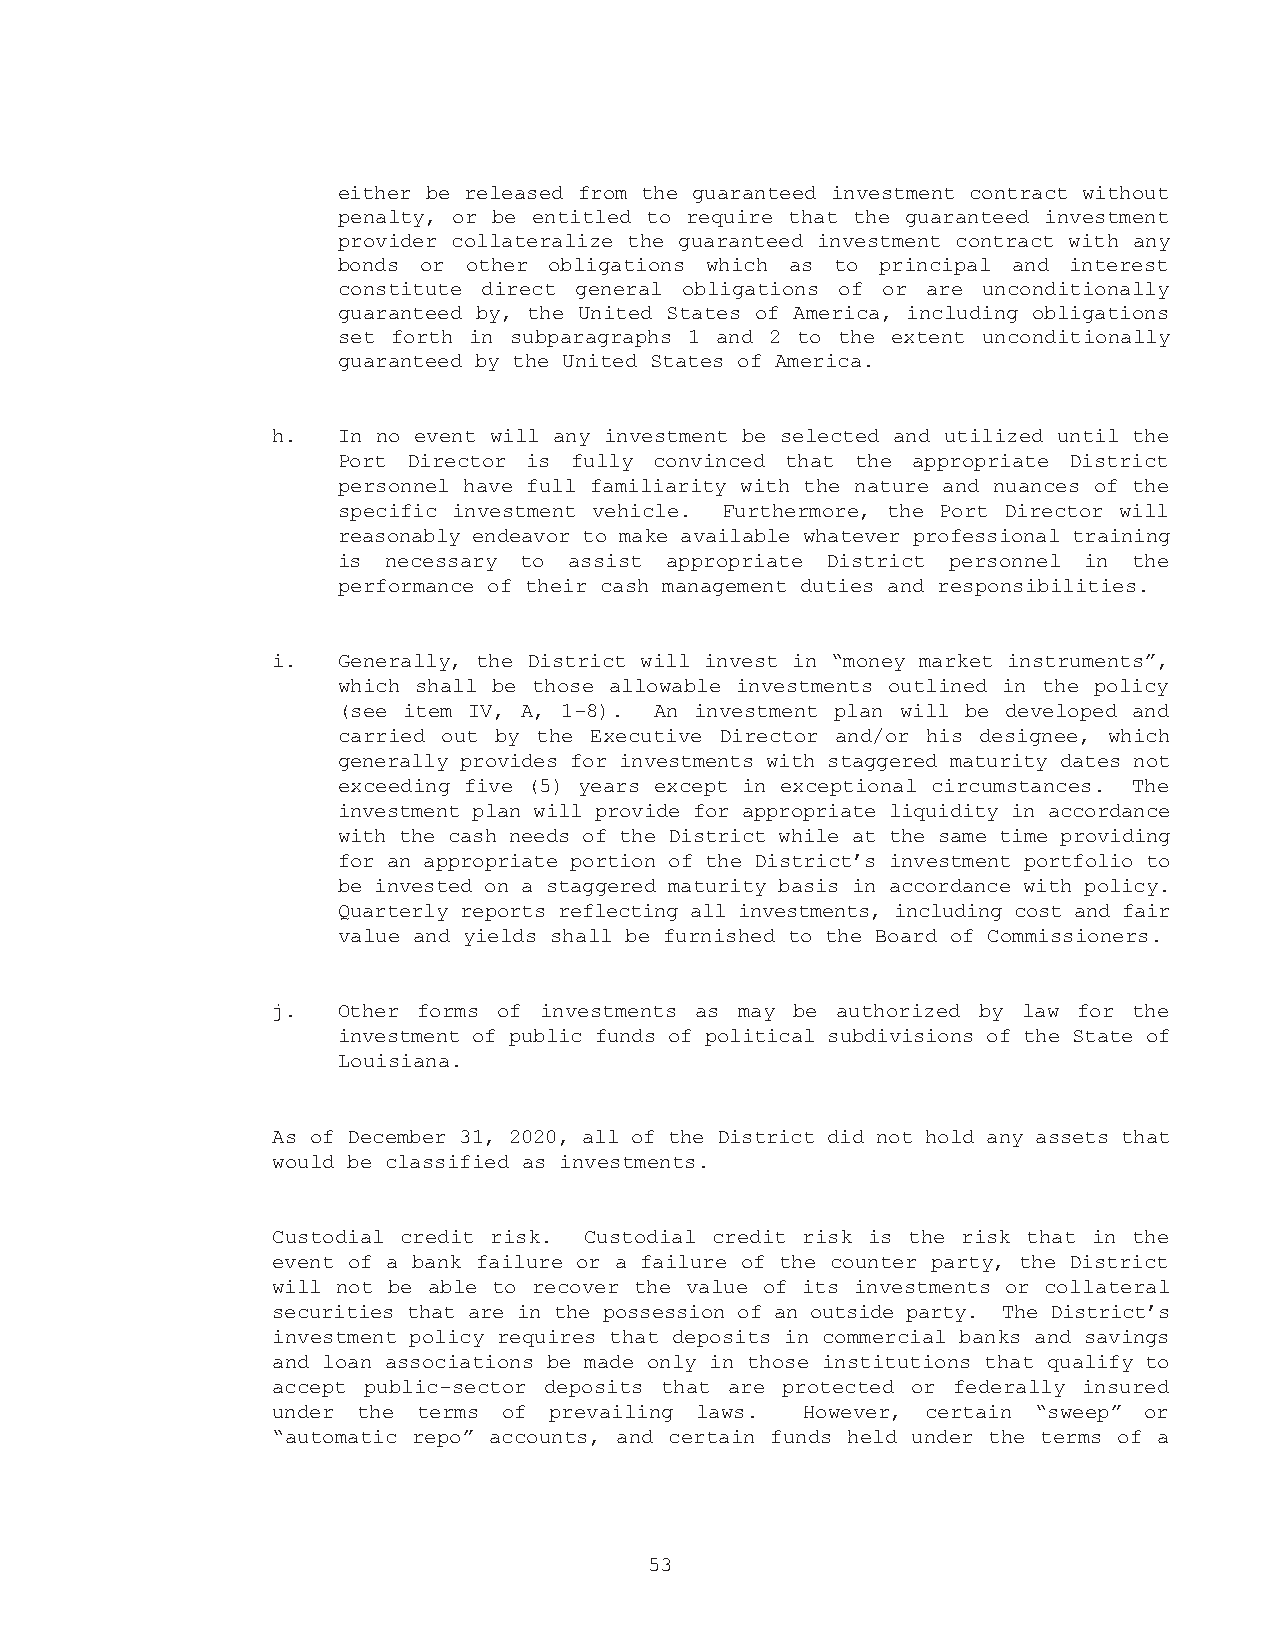
either be released from the guaranteed investment contract without
 penalty, or be entitled to require that the guaranteed investment
 provider collateralize the guaranteed investment contract with any
 bonds or other obligations which as to principal and interest
 constitute direct general obligations of or are unconditionally
 guaranteed by, the United States of America, including obligations
 set forth in subparagraphs 1 and 2 to the extent unconditionally
 guaranteed by the United States of America.
 h.  In no event will any investment be selected and utilized until the
 Port Director is fully convinced that the appropriate District
 personnel have full familiarity with the nature and nuances of the
 specific investment vehicle. Furthermore, the Port Director will
 reasonably endeavor to make available whatever professional training
 is  necessary to assist appropriate District personnel in the
 performance of their cash management duties and responsibilities.
 i.  Generally, the District will invest in “money market instruments”,
 which shall be those allowable investments outlined in the policy
 (see item IV, A, 1-8). An investment plan will be developed and
 carried out by the Executive Director and/or his designee, which
 generally provides for investments with staggered maturity dates not
 exceeding five (5) years except in exceptional circumstances. The
 investment plan will provide for appropriate liquidity in accordance
 with the cash needs of the District while at the same time providing
 for an appropriate portion of the District’s investment portfolio to
 be invested on a staggered maturity basis in accordance with policy.
 Quarterly reports reflecting all investments, including cost and fair
 value and yields shall be furnished to the Board of Commissioners.
 j.  Other forms of investments as may be authorized by law for the
 investment of public funds of political subdivisions of the State of
 Louisiana.
 As of December 31, 2020, all of the District did not hold any assets that
 would be classified as investments.
 Custodial credit risk. Custodial credit risk is the risk that in the
 event of a bank failure or a failure of the counter party, the District
 will not be able to recover the value of its investments or collateral
 securities that are in the possession of an outside party. The District’s
 investment policy requires that deposits in commercial banks and savings
 and loan associations be made only in those institutions that qualify to
 accept public-sector deposits that are protected or federally insured
 under the terms of prevailing laws. However, certain “sweep” or
 “automatic repo” accounts, and certain funds held under the terms of a
 53